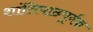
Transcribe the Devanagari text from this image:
शांतिपाठपूर्वक